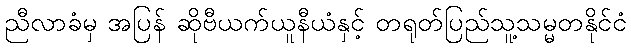
ညီလာခံမှ အပြန် ဆိုဗီယက်ယူနီယံနှင့် တရုတ်ပြည်သူ့သမ္မတနိုင်ငံ